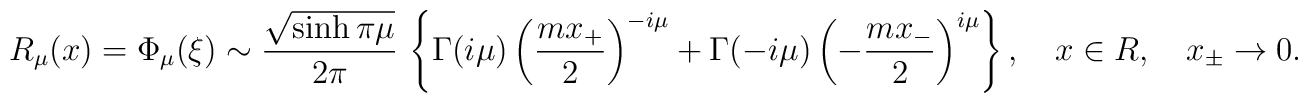
R_{\mu}(x)=\Phi_{\mu}(\xi)\sim\frac{\sqrt{\sinh\pi\mu}}{2\pi}\,\left\{\Gamma(i\mu)\left(\frac{mx_+}2\right)^{-i\mu}+\Gamma(-i\mu)\left(-\frac{mx_-}2\right)^{i\mu}\right\},\quad x\in R,\quad x_{\pm}\to 0.